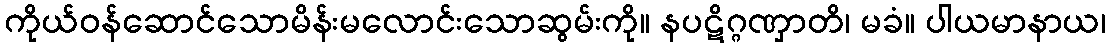
ကိုယ်ဝန်ဆောင်သောမိန်းမလောင်းသောဆွမ်းကို။ နပဋိဂ္ဂဏှာတိ၊ မခံ။ ပါယမာနာယ၊